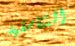
التناسلية